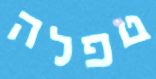
טפלה